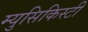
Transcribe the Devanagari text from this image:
म्युसिकिस्टी